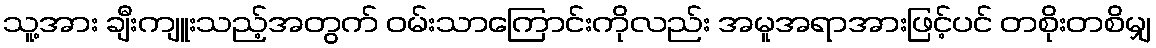
သူ့အား ချီးကျူးသည့်အတွက် ဝမ်းသာကြောင်းကိုလည်း အမူအရာအားဖြင့်ပင် တစိုးတစိမျှ